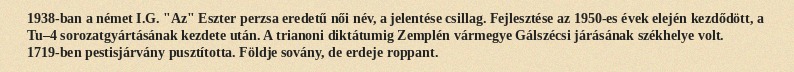
1938-ban a német I.G. "Az" Eszter perzsa eredetű női név, a jelentése csillag. Fejlesztése az 1950-es évek elején kezdődött, a Tu–4 sorozatgyártásának kezdete után. A trianoni diktátumig Zemplén vármegye Gálszécsi járásának székhelye volt. 1719-ben pestisjárvány pusztította. Földje sovány, de erdeje roppant.